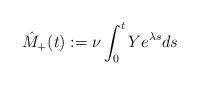
LaTeX: \begin{align*} \hat{M}_+(t) :=\nu \int_0^t Ye^{\lambda s}ds \end{align*}